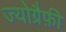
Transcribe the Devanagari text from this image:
ज्योग्रैफ़ी